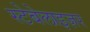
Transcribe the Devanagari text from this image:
स्टेबेलाइज़र